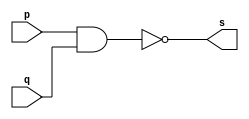
// ------------------------- 
// Exemplo0006 - NAND 
// Nome: Guilherme Andrade Salum Terra 
// ------------------------- 

// ------------------------- 
// -- nand gate 
// ------------------------- 
	module nandgate ( output s, input p, input q); 
	assign s = ~(p & q); 
	endmodule // nandgate
	
// --------------------- 
// -- test nand gate 
// --------------------- 
	module testnandgate; 
// ------------------------- dados locais 
	reg a, b; // definir registradores 
	wire s; // definir conexao (fio) 
// ------------------------- instancia 
	nandgate NAND1 (s, a, b); 
// ------------------------- preparacao 
	initial begin:start 
	a=0; b=0; 
	end 
// ------------------------- parte principal 
	initial begin 
		$display("Exemplo0006 - Guilherme Terra - 427407"); 
		$display("Test NAND gate"); 
		$display("\na & b = s\n"); 
		a=0; b=0; 
	#1 $display("%b & %b = %b", a, b, s); 
		a=0; b=1; 
	#1 $display("%b & %b = %b", a, b, s); 
		a=1; b=0; 
	#1 $display("%b & %b = %b", a, b, s); 
		a=1; b=1; 
	#1 $display("%b & %b = %b", a, b, s); 
	end 

endmodule // testnandgate 

//------------------------ testes

/*	
	Test NAND gate

	a & b = s

	0 & 0 = 1
	0 & 1 = 1
	1 & 0 = 1
	1 & 1 = 0
*/